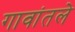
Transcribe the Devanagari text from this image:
गावांतले